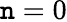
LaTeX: \mathtt{n}=0